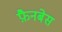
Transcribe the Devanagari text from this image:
फ़ैनबेस